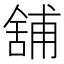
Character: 舖